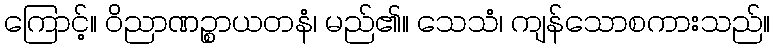
ကြောင့်။ ဝိညာဏဉ္စာယတနံ၊ မည်၏။ သေသံ၊ ကျန်သောစကားသည်။